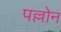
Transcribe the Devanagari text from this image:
पल्लोन